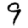
Digit: 9